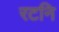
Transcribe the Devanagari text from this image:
रटनि